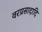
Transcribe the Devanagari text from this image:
वरप्रसादादि